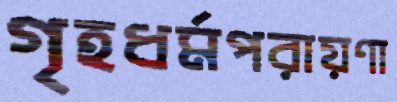
গৃহধর্মপরায়ণা